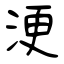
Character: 浭